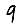
Digit: 9